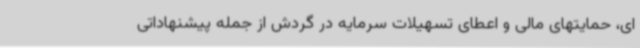
ای، حمایتهای مالی و اعطای تسهیلات سرمایه در گردش از جمله پیشنهاداتی